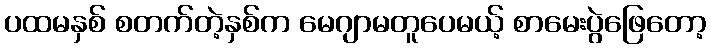
ပထမနှစ် စတက်တဲ့နှစ်က မေဂျာမတူပေမယ့် စာမေးပွဲဖြေတော့